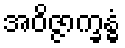
အဝိဇ္ဇာက္ခန္ဓံ